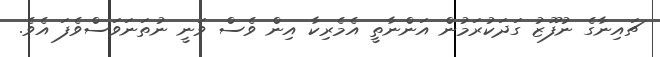
ޗައިނާގެ ނުފޫޒު ގަދަކުރަމުން އަންނާތީ އެމެރިކާ އިން ވެސް ވަނީ ނުތަނަވަސްވެފަ އެވެ.